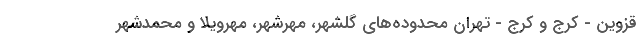
قزوین - کرج و کرج - تهران محدوده‌های گلشهر، مهرشهر، مهرویلا و محمدشهر